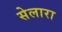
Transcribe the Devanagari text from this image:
सेलारा